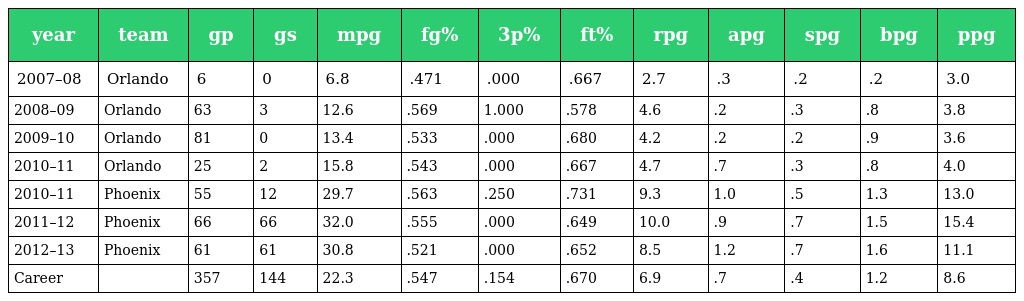
| year | team | gp | gs | mpg | fg% | 3p% | ft% | rpg | apg | spg | bpg | ppg |
 | --- | --- | --- | --- | --- | --- | --- | --- | --- | --- | --- | --- | --- |
 | 2007–08 | Orlando | 6 | 0 | 6.8 | .471 | .000 | .667 | 2.7 | .3 | .2 | .2 | 3.0 |
 | 2008–09 | Orlando | 63 | 3 | 12.6 | .569 | 1.000 | .578 | 4.6 | .2 | .3 | .8 | 3.8 |
 | 2009–10 | Orlando | 81 | 0 | 13.4 | .533 | .000 | .680 | 4.2 | .2 | .2 | .9 | 3.6 |
 | 2010–11 | Orlando | 25 | 2 | 15.8 | .543 | .000 | .667 | 4.7 | .7 | .3 | .8 | 4.0 |
 | 2010–11 | Phoenix | 55 | 12 | 29.7 | .563 | .250 | .731 | 9.3 | 1.0 | .5 | 1.3 | 13.0 |
 | 2011–12 | Phoenix | 66 | 66 | 32.0 | .555 | .000 | .649 | 10.0 | .9 | .7 | 1.5 | 15.4 |
 | 2012–13 | Phoenix | 61 | 61 | 30.8 | .521 | .000 | .652 | 8.5 | 1.2 | .7 | 1.6 | 11.1 |
 | Career |  | 357 | 144 | 22.3 | .547 | .154 | .670 | 6.9 | .7 | .4 | 1.2 | 8.6 |